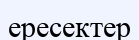
ересектер